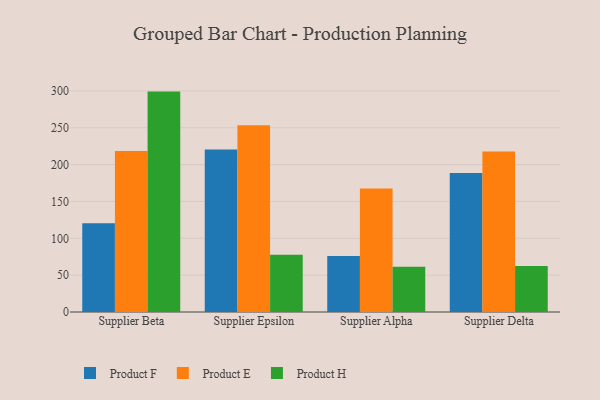
{"axis": {"x": "Supplier", "y": "Headcount"}, "legend": ["Product E", "Product F", "Product H"], "data": [{"x": "Supplier Beta", "y": 120.4, "type": "Product F"}, {"x": "Supplier Beta", "y": 218.6, "type": "Product E"}, {"x": "Supplier Beta", "y": 299.1, "type": "Product H"}, {"x": "Supplier Epsilon", "y": 220.4, "type": "Product F"}, {"x": "Supplier Epsilon", "y": 253.5, "type": "Product E"}, {"x": "Supplier Epsilon", "y": 77.6, "type": "Product H"}, {"x": "Supplier Alpha", "y": 75.9, "type": "Product F"}, {"x": "Supplier Alpha", "y": 167.5, "type": "Product E"}, {"x": "Supplier Alpha", "y": 61.4, "type": "Product H"}, {"x": "Supplier Delta", "y": 188.5, "type": "Product F"}, {"x": "Supplier Delta", "y": 217.7, "type": "Product E"}, {"x": "Supplier Delta", "y": 62.5, "type": "Product H"}]}